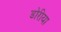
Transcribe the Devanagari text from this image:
डोरीया